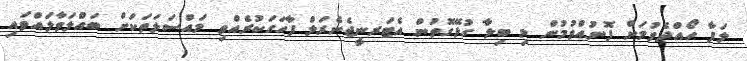
ލަފާ ހޯއްދެވުމަށް ފޮނުއްވުމުން މި ބިލާ ގުޅޭގޮތުން އެޓަރނީޖެނެރަލް ފާހަގަކުރެއްވި މައްސަލަތަކަށް ބައްލަވާލައްވައި